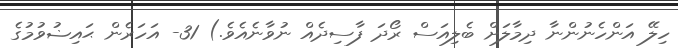
ހިލޭ އަންހެނުންނާ ދިމާލަށް ބެލިއަސް ރޯދަ ފާސިދެއް ނުވާނެއެވެ.) 31- އަހަރެން ޙައިޟުވުމުގެ